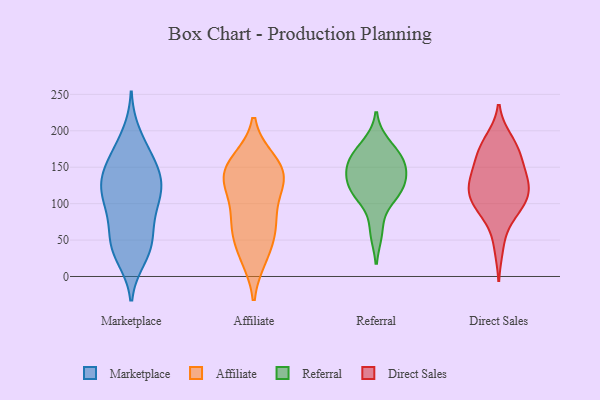
{"axis": {"x": "Demand Index", "y": "Value"}, "legend": ["Affiliate", "Direct Sales", "Marketplace", "Referral"], "data": [{"x": "", "y": 33, "type": "Marketplace"}, {"x": "", "y": 39, "type": "Marketplace"}, {"x": "", "y": 134, "type": "Marketplace"}, {"x": "", "y": 140, "type": "Marketplace"}, {"x": "", "y": 88, "type": "Marketplace"}, {"x": "", "y": 46, "type": "Marketplace"}, {"x": "", "y": 195, "type": "Marketplace"}, {"x": "", "y": 112, "type": "Marketplace"}, {"x": "", "y": 108, "type": "Marketplace"}, {"x": "", "y": 26, "type": "Marketplace"}, {"x": "", "y": 173, "type": "Marketplace"}, {"x": "", "y": 67, "type": "Marketplace"}, {"x": "", "y": 137, "type": "Marketplace"}, {"x": "", "y": 45, "type": "Marketplace"}, {"x": "", "y": 125, "type": "Marketplace"}, {"x": "", "y": 128, "type": "Marketplace"}, {"x": "", "y": 165, "type": "Marketplace"}, {"x": "", "y": 109, "type": "Marketplace"}, {"x": "", "y": 84, "type": "Marketplace"}, {"x": "", "y": 161, "type": "Marketplace"}, {"x": "", "y": 28, "type": "Affiliate"}, {"x": "", "y": 140, "type": "Affiliate"}, {"x": "", "y": 26, "type": "Affiliate"}, {"x": "", "y": 73, "type": "Affiliate"}, {"x": "", "y": 69, "type": "Affiliate"}, {"x": "", "y": 111, "type": "Affiliate"}, {"x": "", "y": 136, "type": "Affiliate"}, {"x": "", "y": 155, "type": "Affiliate"}, {"x": "", "y": 129, "type": "Affiliate"}, {"x": "", "y": 57, "type": "Affiliate"}, {"x": "", "y": 159, "type": "Affiliate"}, {"x": "", "y": 153, "type": "Affiliate"}, {"x": "", "y": 77, "type": "Affiliate"}, {"x": "", "y": 125, "type": "Affiliate"}, {"x": "", "y": 118, "type": "Referral"}, {"x": "", "y": 117, "type": "Referral"}, {"x": "", "y": 132, "type": "Referral"}, {"x": "", "y": 164, "type": "Referral"}, {"x": "", "y": 161, "type": "Referral"}, {"x": "", "y": 182, "type": "Referral"}, {"x": "", "y": 110, "type": "Referral"}, {"x": "", "y": 144, "type": "Referral"}, {"x": "", "y": 153, "type": "Referral"}, {"x": "", "y": 61, "type": "Referral"}, {"x": "", "y": 175, "type": "Direct Sales"}, {"x": "", "y": 129, "type": "Direct Sales"}, {"x": "", "y": 95, "type": "Direct Sales"}, {"x": "", "y": 116, "type": "Direct Sales"}, {"x": "", "y": 115, "type": "Direct Sales"}, {"x": "", "y": 188, "type": "Direct Sales"}, {"x": "", "y": 124, "type": "Direct Sales"}, {"x": "", "y": 165, "type": "Direct Sales"}, {"x": "", "y": 140, "type": "Direct Sales"}, {"x": "", "y": 41, "type": "Direct Sales"}, {"x": "", "y": 95, "type": "Direct Sales"}, {"x": "", "y": 184, "type": "Direct Sales"}, {"x": "", "y": 82, "type": "Direct Sales"}, {"x": "", "y": 160, "type": "Direct Sales"}, {"x": "", "y": 146, "type": "Direct Sales"}, {"x": "", "y": 100, "type": "Direct Sales"}, {"x": "", "y": 121, "type": "Direct Sales"}]}